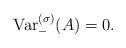
LaTeX: \begin{align*} {\rm Var}^{(\sigma)}_{-}(A)=0.\end{align*}